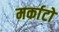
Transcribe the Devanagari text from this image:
मर्काटो